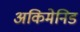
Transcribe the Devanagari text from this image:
अकिमेनिड